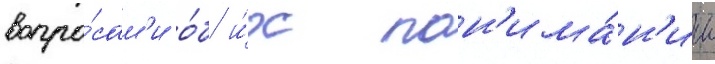
вопро́сам'и о́б и́х пон'има́н'ии